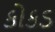
કોકડ